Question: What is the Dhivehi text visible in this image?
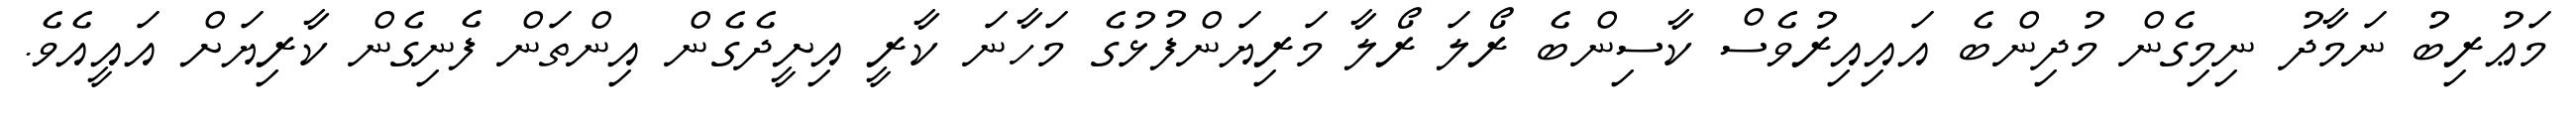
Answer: މަޢުރިބު ނަމާދު ނިމިގެން މުދިންބެ އައިއިރުވެސް ކާސިންބެ ރޯލަ ރޯލާ މަރިޔަންފުޅުގެ މަހާނަ ކާރީ އިށީދެގެން އިންތަން ފެނިގެން ކާރިޔަށް އައީއެވެ.